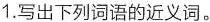
1，写出下列词语的近义词。